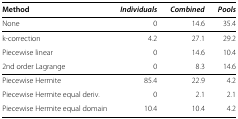
| Method | Individuals | Combined | Pools |
 | --- | --- | --- | --- |
 | None | 0 | 14.6 | 35.4 |
 | k-correction | 4.2 | 27.1 | 29.2 |
 | Piecewise linear | 0 | 14.6 | 10.4 |
 | 2nd order Lagrange | 0 | 8.3 | 14.6 |
 | Piecewise Hermite | 85.4 | 22.9 | 4.2 |
 | Piecewise Hermite equal deriv. | 0 | 2.1 | 2.1 |
 | Piecewise Hermite equal domain | 10.4 | 10.4 | 4.2 |